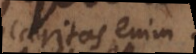
Caritas enim